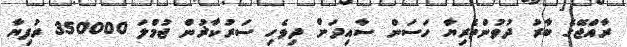
ރާއްޖޭގެ ބާރު ދުވުންތެރިޔާ ހަސަން ސާއިދަށް ދިވެހި ސަރުކާޜުން ޖުމްލަ 350000 ރުފިޔާ